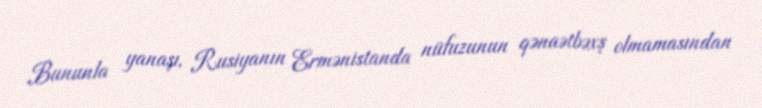
Bununla yanaşı, Rusiyanın Ermənistanda nüfuzunun qənaətbəxş olmamasından